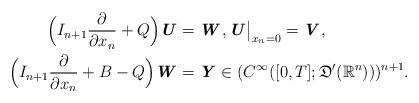
LaTeX: \begin{align*} \Bigl(I_{n+1}\frac{\partial }{\partial x_n} + Q\Bigr)\textbf{\textit{U}} & = \textbf{\textit{W}}, \textbf{\textit{U}}\big|_{x_n=0}=\textbf{\textit{V}},\\ \Bigl(I_{n+1}\frac{\partial }{\partial x_n} + B - Q\Bigr)\textbf{\textit{W}} & =\textbf{\textit{Y}} \in (C^\infty([0,T];\mathfrak{D}^\prime (\mathbb{R}^{n})))^{n+1}. \end{align*}